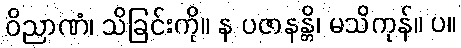
ဝိညာဏံ၊ သိခြင်းကို။ န ပဇာနန္တိ၊ မသိကုန်။ ပ။